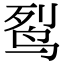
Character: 䴕